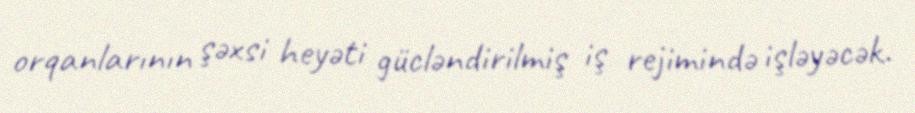
orqanlarının şəxsi heyəti gücləndirilmiş iş rejimində işləyəcək.